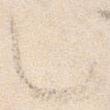
也